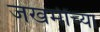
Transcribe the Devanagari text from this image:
जखमींच्या